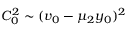
C _ { 0 } ^ { 2 } \sim ( v _ { 0 } - \mu _ { 2 } y _ { 0 } ) ^ { 2 }